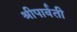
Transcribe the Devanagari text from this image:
श्रीपार्वती